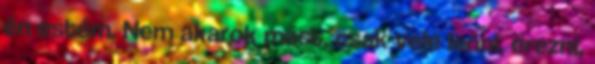
én estém. Nem akarok mást, csak vele lenni, érezni,